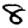
Digit: 8